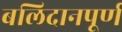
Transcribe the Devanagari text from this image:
बलिदानपूर्ण